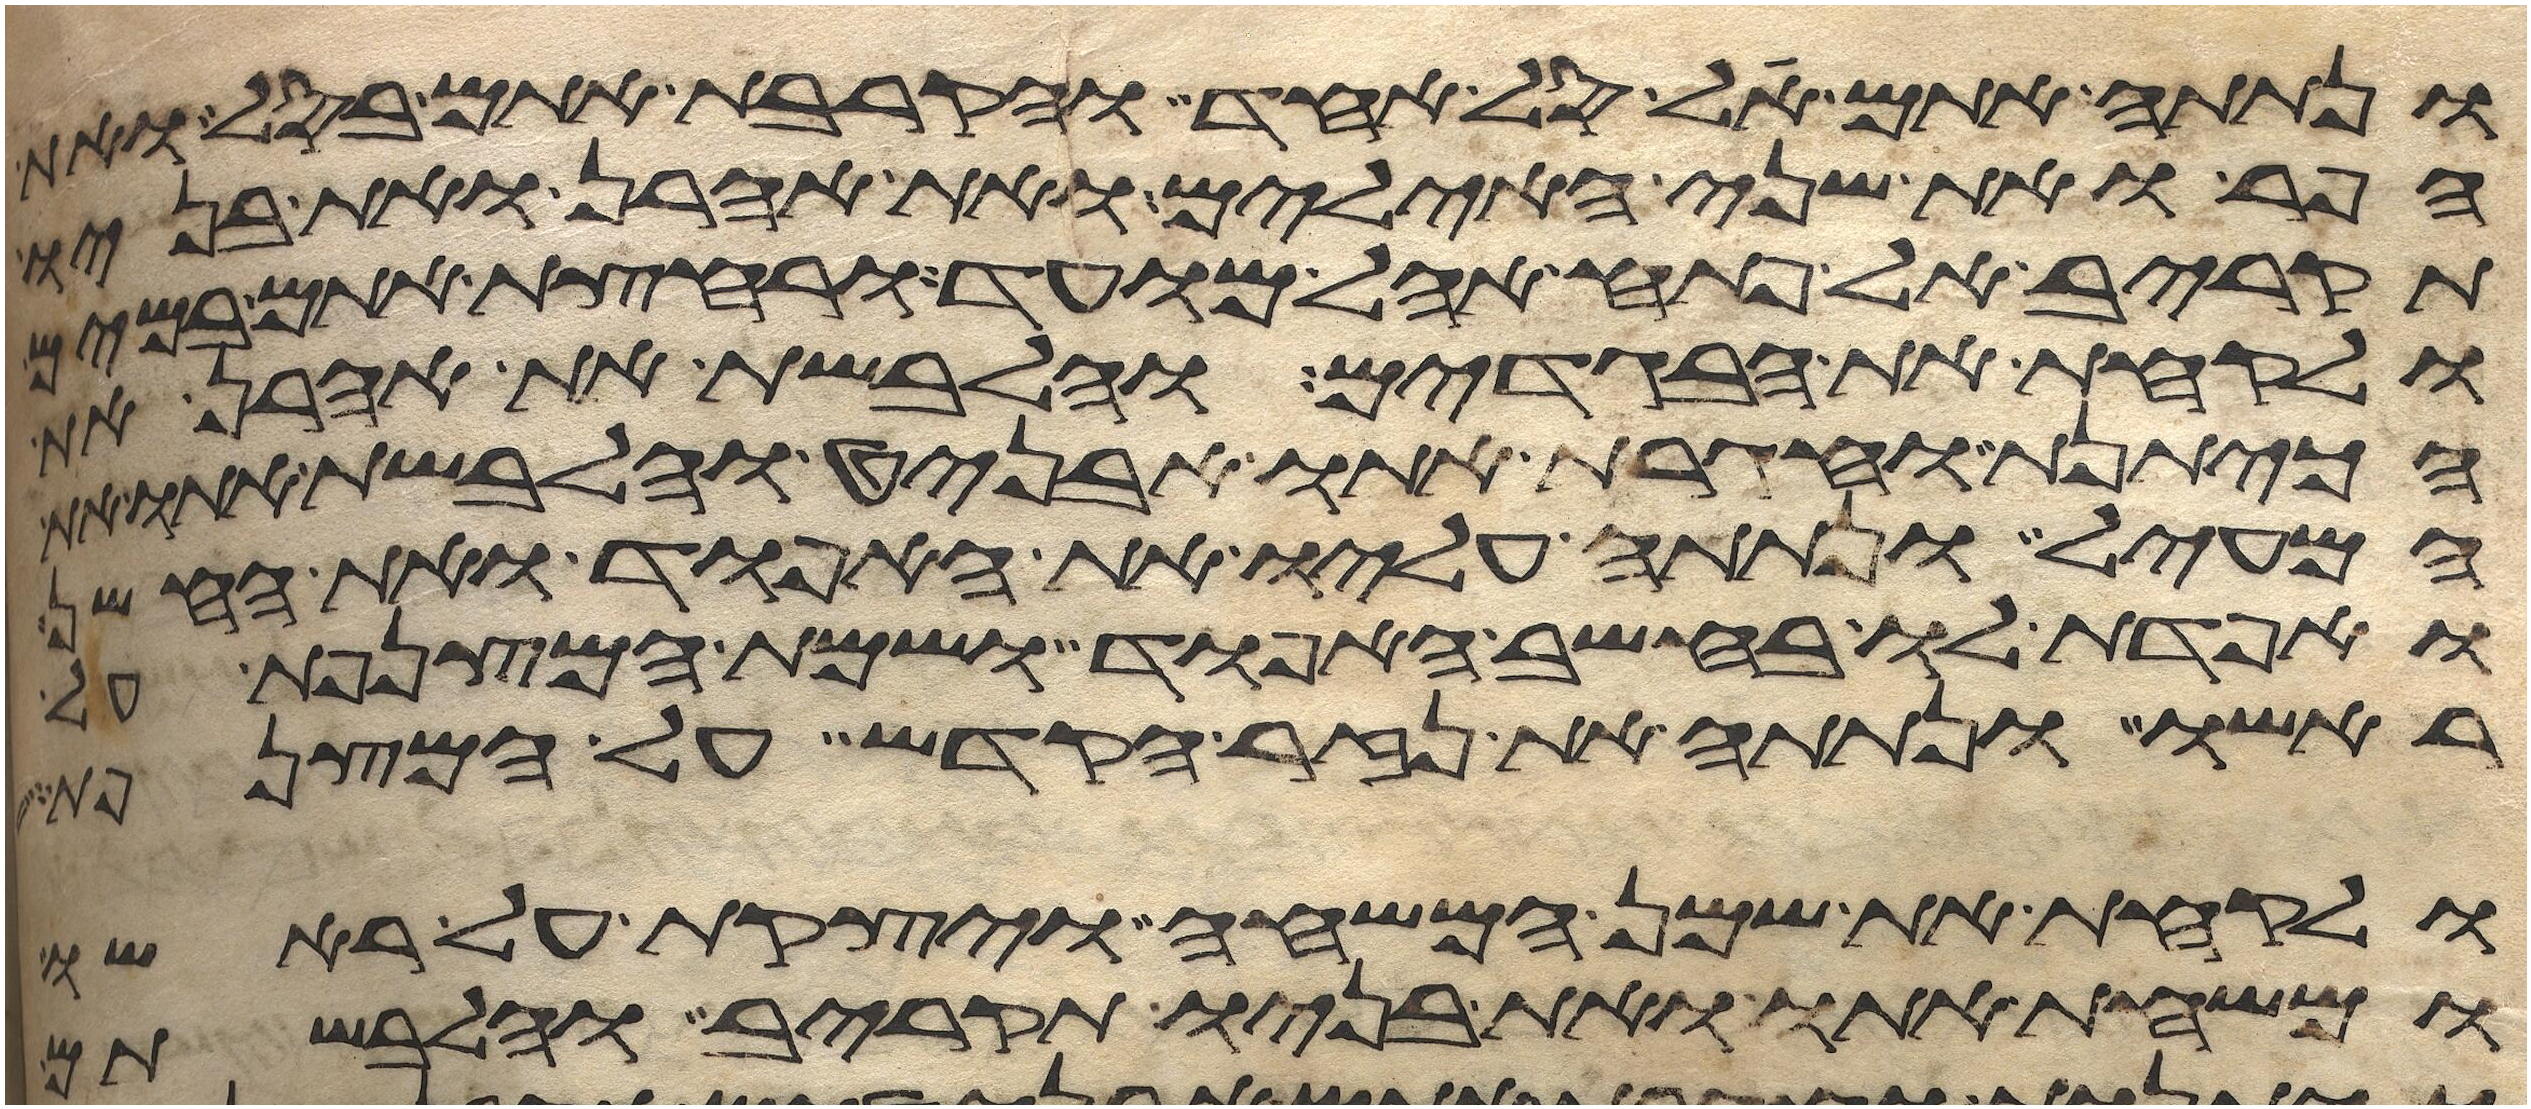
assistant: ונתתה אתם על סל אחד והקרבת אתם בסל ואת
הפר ואת שני האילים ואת אהרן ואת בניו
תקריב אל פתח אהל מועד ורחצת אתם במים
ולקחת את הבגדים והלבשת את אהרן את
הכיתנת וחגרת אתו אבניט והלבשת אתו
המעיל ונתתה עליו את האפוד ואת החשן
ואפדת לו בחשב האפוד ושמת המצנפת על
ראשו ונתתה את נזר הקדש על המצנפת
ולקחת את שמן המשחה ויצקת על ראשו
ומשחת אתו ואת בניו תקריב והלבשתם